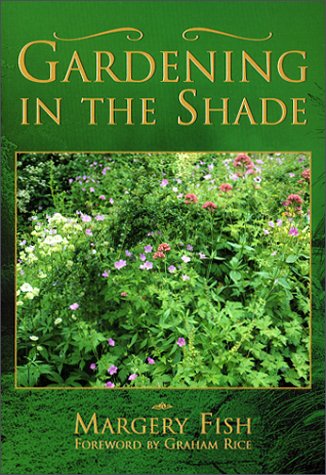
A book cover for Gardening in the Shade (Capital Lifestyles); Margery Fish; Crafts, Hobbies & Home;